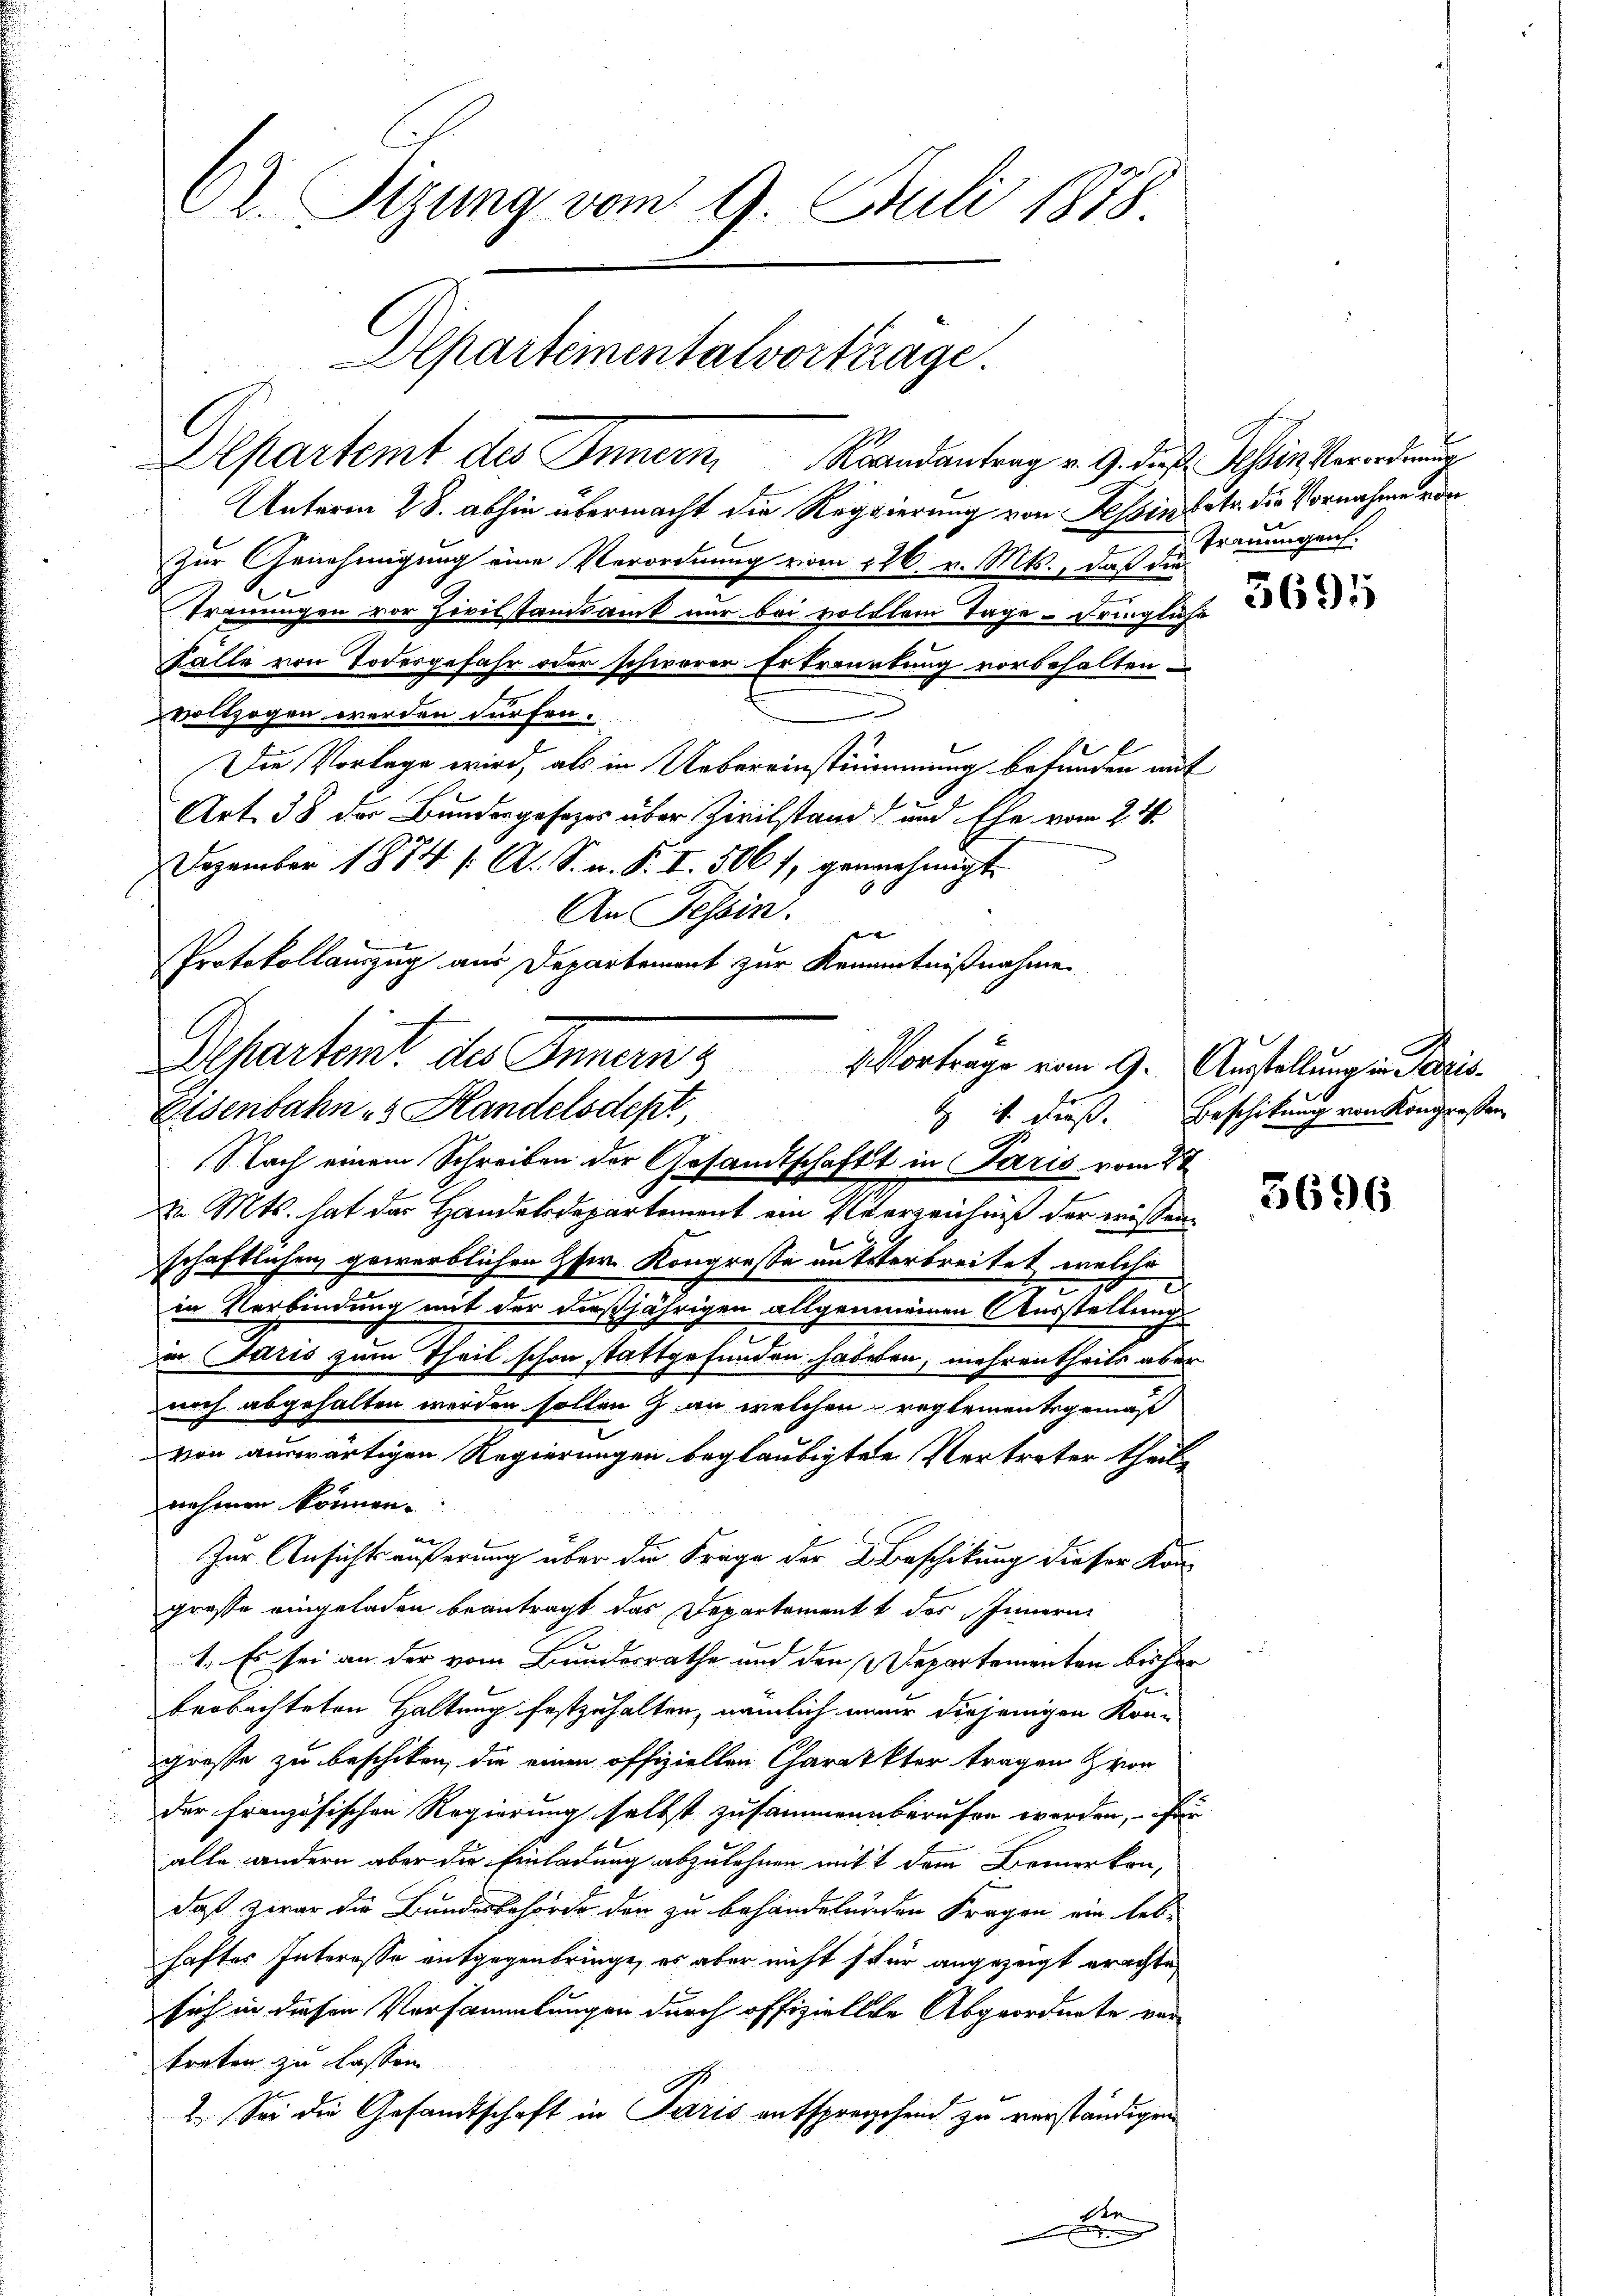
Cr. Sizung vom 9. Juli 1878
Departementalvortrage.

Unterm 28. abhin übermacht die Regierung von Befindete die Vornahme von
zur Genehmigung eine Verordnung vom 226. v. Mts., daß die
Trauungen vor Heistandsamt nur bei volltem Tage - dringliche
Fälle von Todesgefahr oder schwerer Ertränetung vorbehalten.
vollzogen werden dürfen.
l
Die Vorlage wird, als in Uebereinstimmung befunden mit
Art. 38 der Bundergesezes über Zivilstand und Ehe vom 2. 14.
Dezember 1884 f. A. S. v. P. I. 506 f, gennehmigt.
An Tessin.
in
Protokollauszug aus Departement zur Kenntnißnahme

Departemt des Innern Randantrag v. 9. daß Tessin Verordnung

Departent des Inner 3 Vorträge vom 9. Austellung in Paris
Eisenbahn - Handelsdept,
Nach einem Schreiben der Gesandtschaft in Paris vom 2t

Trauungen.
5695

Mts. hat der Handelsdepartement ein Verzeichniß der wissen
schaftlichen gewerblichen Heer. Kongresse aufsterbreitet, welche
in Verbindung mit der dießjährigen allgenommen Ausstellung
Die Paris zum Theil schon stattgefunden habeten, mehren theils aber
noch abgehalten werden sollen  an welchen reglementegemäß
von auswärtigen Regierungen beglaubigten Vertreter theile
nehmen können.
Zur Ansichts äußerung über die Frage der Beschikung dieser Kon-
grosse eingeladen beantragt das Departement des Innern
1. Es sei an der vom Bundesrathe und den Departementen bisher
.
beobachteten Haltung festzuhalten, nämlich nur diejenigen Kon-
grosse zu beschiken, die einen offiziellen Charakter tragen vor
der französischen Regierung selbst zusammenberufen werden, für
alle andern aber die Einladung abzulehnen mitt dem Bemerken,
daß zwar die Bundesbehörde den zu behandelnden Fragen ein leb-
haftes Interesse entgegenbringe, es aber nicht für angezeigt erachte,
sich in diesen Versammlungen durch offiziellche Abgeordnete vor
treten zu lassen
2. Sei die Gesandtschaft in Paris entsprechen zu verständigen

i. dieß. Beschikung von Kongressen

3696